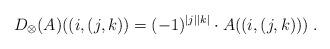
LaTeX: \begin{align*}D_\otimes(A)((i,(j,k)) = (-1)^{|j||k|} \cdot A((i,(j,k)))\;.\end{align*}